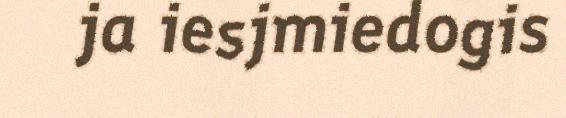
ja iesjmiedogis